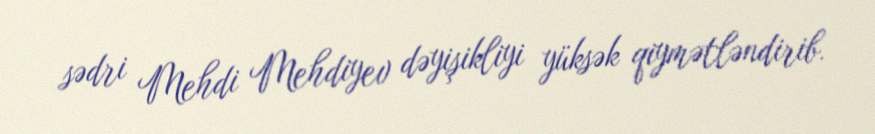
sədri Mehdi Mehdiyev dəyişikliyi yüksək qiymətləndirib.